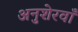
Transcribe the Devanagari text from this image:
अनुशेरवाँ